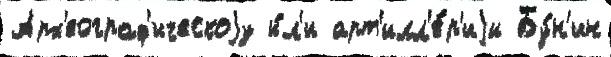
Арх'еограф'ическоjу и́л'и арт'илл'е́р'иjи Бу́н'ин